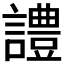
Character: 𧬹